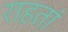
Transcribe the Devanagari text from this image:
राहतां